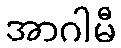
အာဂါမီ